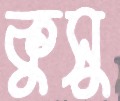
কুসু